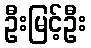
ဦးမြင့်ဦး